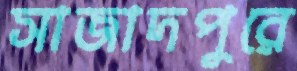
সাজাদপুরে